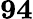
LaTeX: \boldsymbol{94}